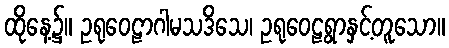
ထိုနေ့၌။ ဥရုဝေဠာဂါမသဒိသေ၊ ဥရုဝေဠရွာနှင့်တူသော။